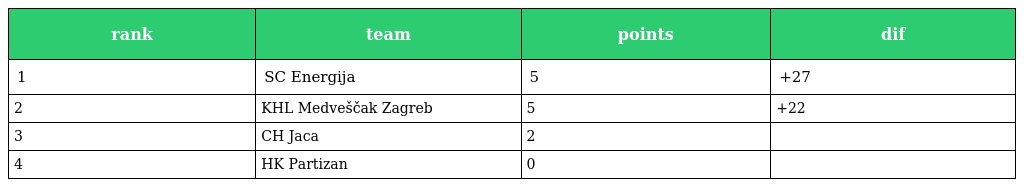
| rank | team | points | dif |
 | --- | --- | --- | --- |
 | 1 | SC Energija | 5 | +27 |
 | 2 | KHL Medveščak Zagreb | 5 | +22 |
 | 3 | CH Jaca | 2 |  |
 | 4 | HK Partizan | 0 |  |